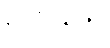
ရတနာ။)